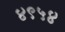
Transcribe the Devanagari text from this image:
४९५४